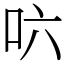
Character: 𠯿